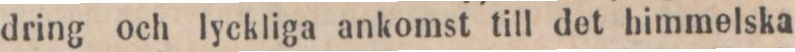
dring och lyckliga ankomst till det himmelska